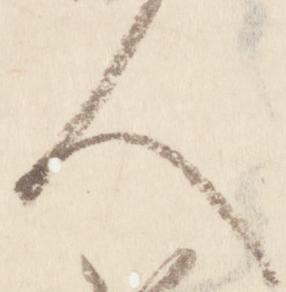
人